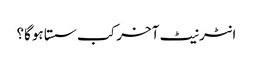
انٹرنیٹ آخر کب سستا ہوگا؟